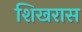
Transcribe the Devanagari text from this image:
शिखरास